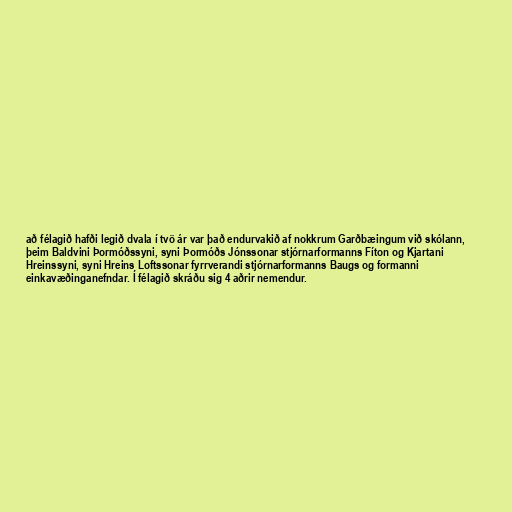
að félagið hafði legið dvala í tvö ár var það endurvakið af nokkrum Garðbæingum við skólann,
þeim Baldvini Þormóðssyni, syni Þormóðs Jónssonar stjórnarformanns Fíton og Kjartani
Hreinssyni, syni Hreins Loftssonar fyrrverandi stjórnarformanns Baugs og formanni
einkavæðinganefndar. Í félagið skráðu sig 4 aðrir nemendur.